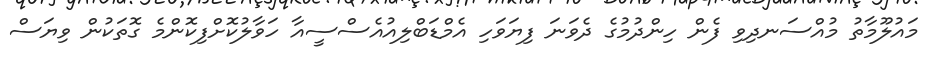
މައުލޫމާތު މުއްސަނދިވި ފެން ހިންދުމުގެ ދެވަނަ ފިޔަވަހި އެމްޑަބްލިއުއެސްސީއާ ހަވާލުކޮށްފިކޮންމެ ގޮތަކުން ވިޔަސް